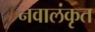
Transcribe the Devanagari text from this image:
नवालंकृत